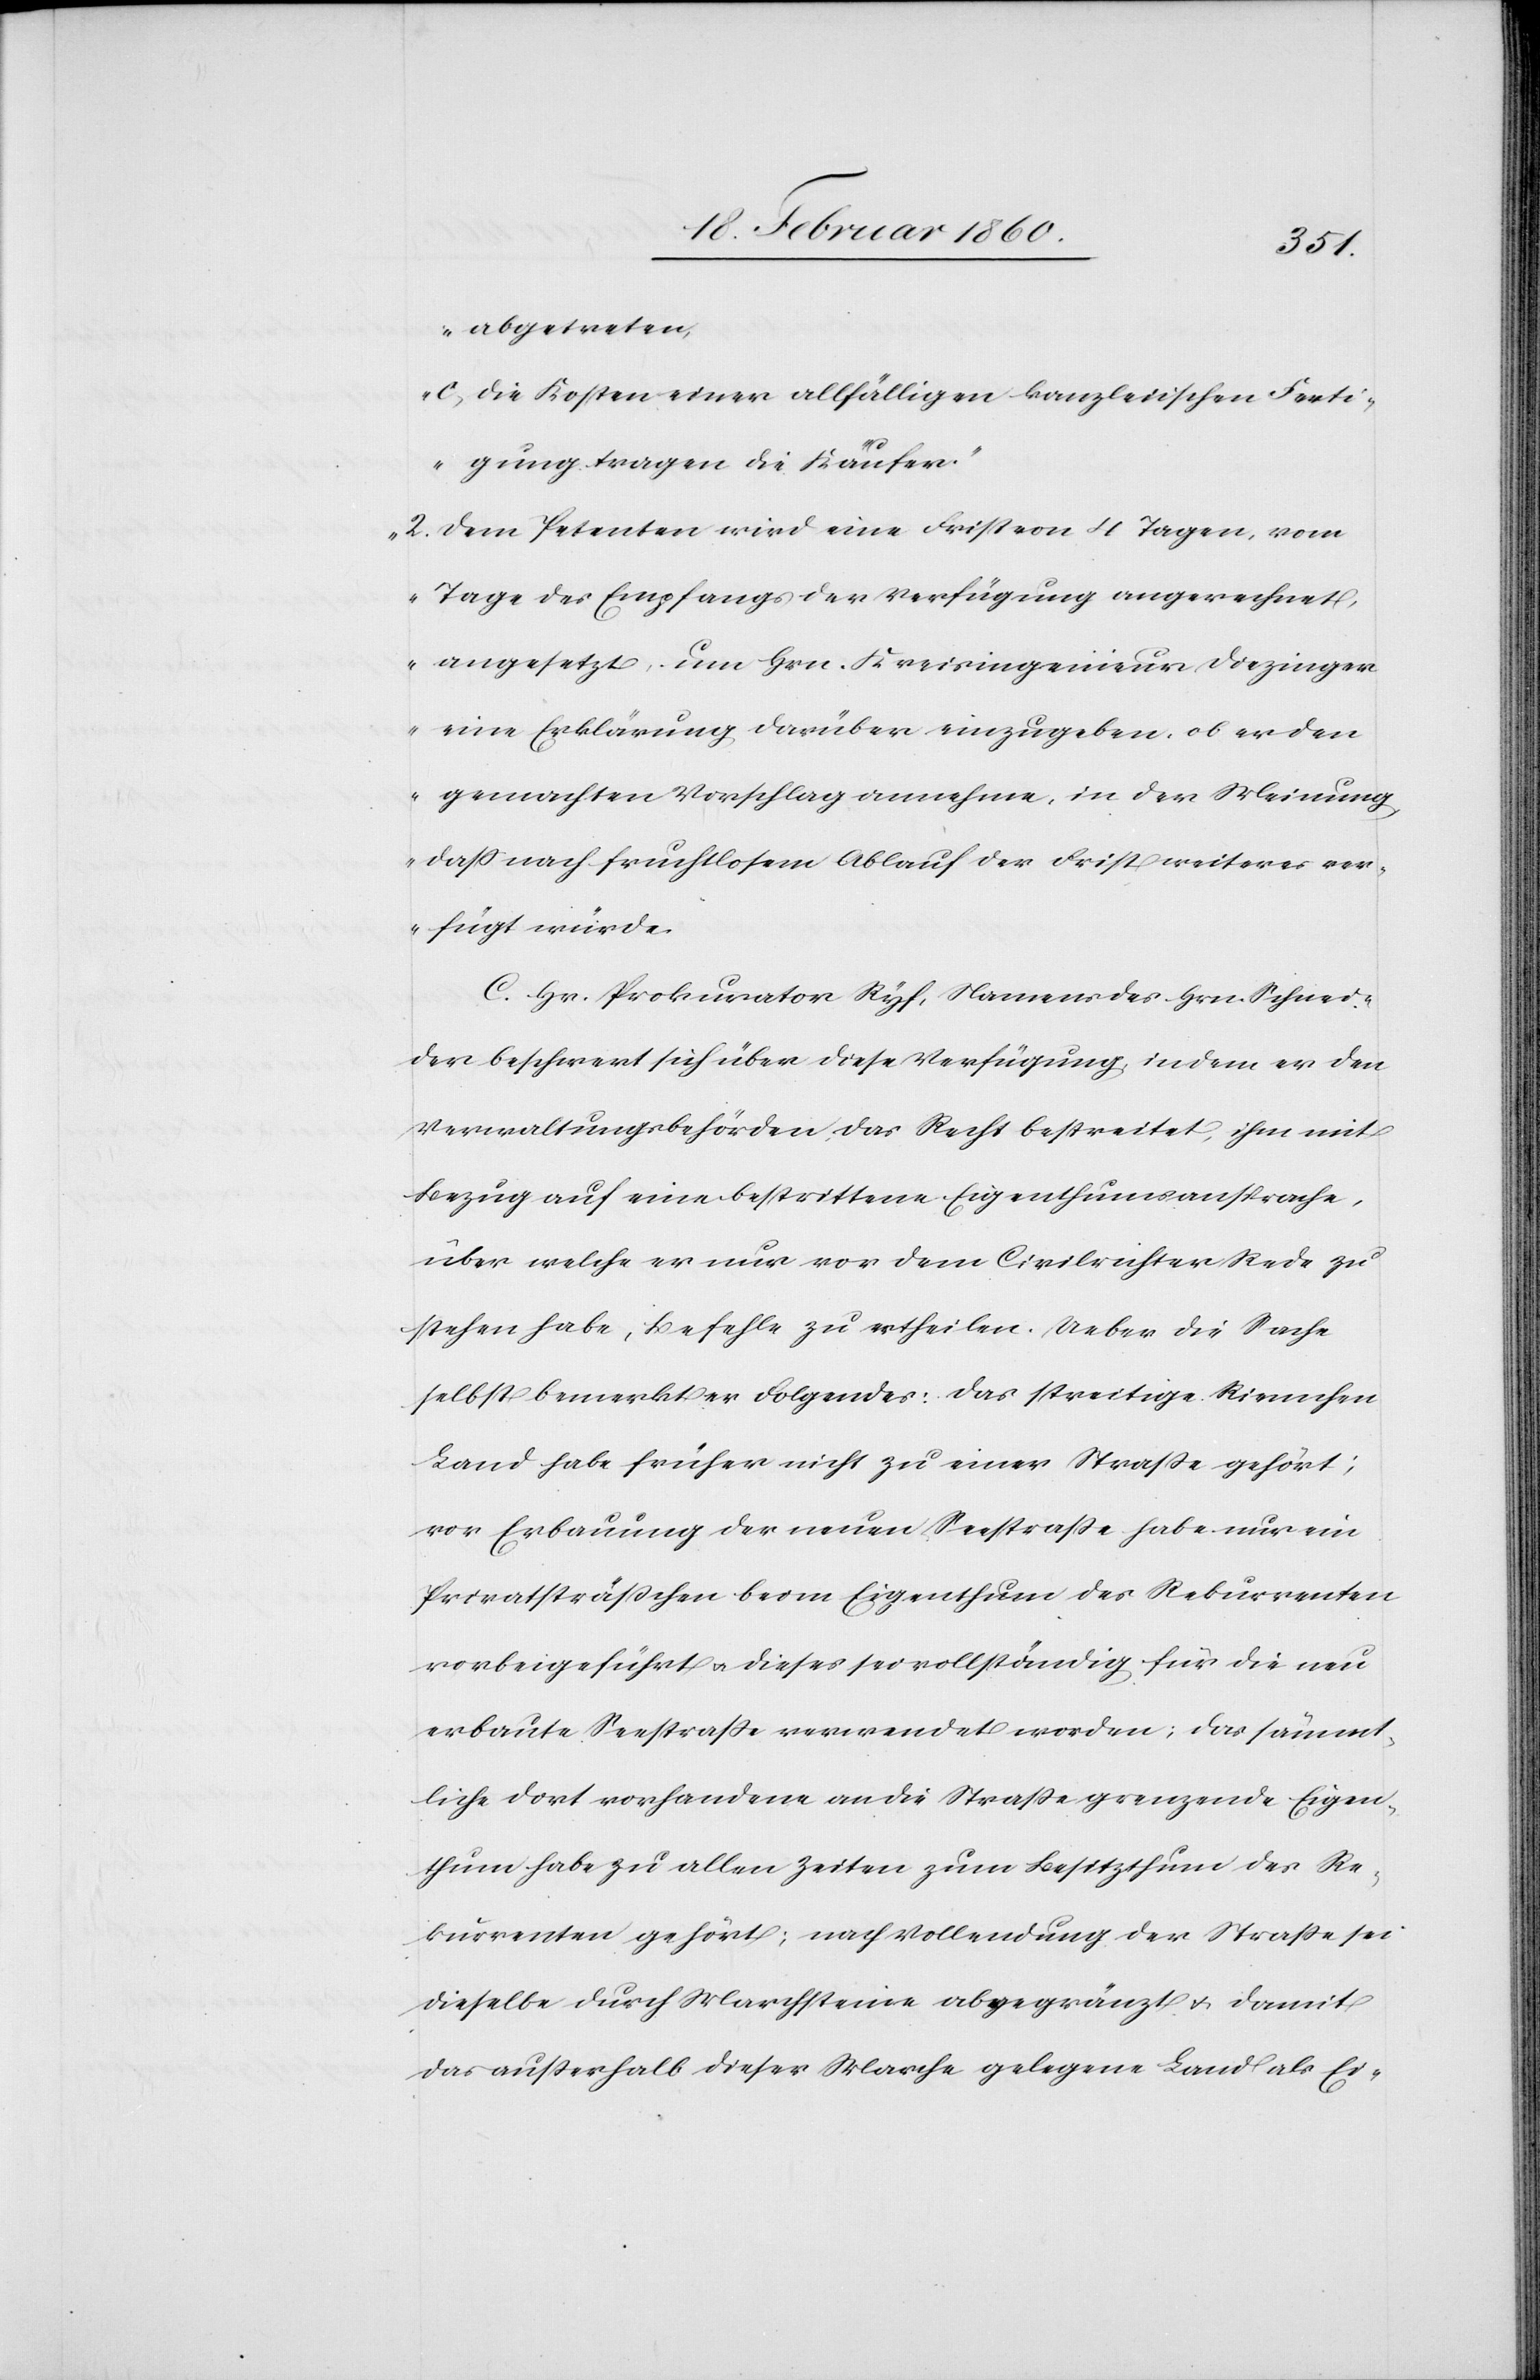
abgetreten,
c. die Kosten einer allfälligen kanzleiischen Ferti¬
gung tragen die Käufer.
2. Dem Petenten wird eine Frist von 4 Tagen, vom
Tage des Empfangs der Verfügung angerechnet,
angesetzt, um Hrn Kreisingenieur Diezinger
eine Erklärung darüber einzugeben, ob er den
gemachten Vorschlag annehme, in der Meinung,
dass nach fruchtlosem Ablauf der Frist weiteres ver¬
fügt würde.“
C. Hr. Prokurator Ryf, Namens des Hrn. Schnei¬
der beschwert sich über diese Verfügung, indem er den
Verwaltungsbehörden das Recht bestreitet, ihm mit
Bezug auf eine bestrittene Eigenthumsansprache,
über welche er nur vor dem Civilrichter Rede zu
stehen habe, Befehle zu ertheilen. Ueber die Sache
selbst bemerkt er Folgendes: das streitige Riemchen
Land habe früher nicht zu einer Strasse gehört;
vor Erbauung der neuen Seestrasse habe nur ein
Privatsträsschen beim Eigenthum des Rekurrenten
vorbeigeführt u. dieses sei vollständig für die neu
erbaute Seestrasse verwendet worden; das sämmt¬
liche dort vorhandene an die Strasse grenzende Eigen¬
thum habe zu allen Zeiten zum Besitzthum des Re¬
kurrenten gehört; nach Vollendung der Strasse sei
dieselbe durch Marchsteine abgegränzt u. damit
das außerhalb dieser Marche gelegene Land als Ei-